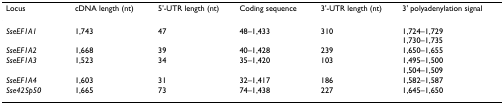
<table><thead><tr><td><b>Locus</b></td><td><b>cDNA length (nt)</b></td><td><b>5&#x27;-UTR length (nt)</b></td><td><b>Coding sequence</b></td><td><b>3&#x27;-UTR length (nt)</b></td><td><b>3&#x27; polyadenylation signal</b></td></tr></thead><tbody><tr><td><i>SseEF1A1</i></td><td>1,743</td><td>47</td><td>48–1,433</td><td>310</td><td>1,724–1,7291,730–1,735</td></tr><tr><td><i>SseEF1A2</i></td><td>1,668</td><td>39</td><td>40–1,428</td><td>239</td><td>1,650–1,655</td></tr><tr><td><i>SseEF1A3</i></td><td>1,523</td><td>34</td><td>35–1,420</td><td>103</td><td>1,495–1,5001,504–1,509</td></tr><tr><td><i>SseEF1A4</i></td><td>1,603</td><td>31</td><td>32–1,417</td><td>186</td><td>1,582–1,587</td></tr><tr><td><i>Sse42Sp50</i></td><td>1,665</td><td>73</td><td>74–1,438</td><td>227</td><td>1,645–1,650</td></tr></tbody></table>